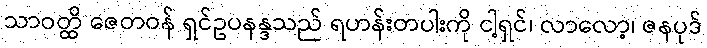
သာဝတ္ထိ ဇေတဝန် ရှင်ဥပနန္ဒသည် ရဟန်းတပါးကို ငါ့ရှင်၊ လာလော့၊ ဇနပုဒ်